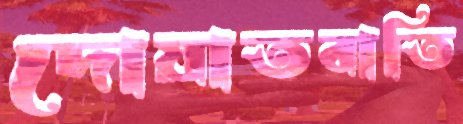
দোয়াতবাতি